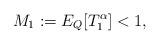
LaTeX: \begin{align*}M_1:=E_Q[T_1^\alpha]<1,\end{align*}